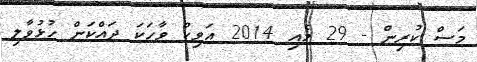
މަސް ކުރިން - 29 މެއި 2014 އަވިކް ވާހަކަ ދައްކަން ހުޅުވާލި